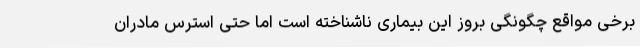
برخی مواقع چگونگی بروز این بیماری ناشناخته است اما حتی استرس مادران